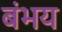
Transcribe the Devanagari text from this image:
बंभय